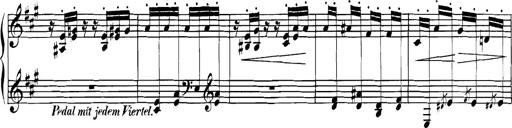
Title: Spinnerlied aus dem Fliegenden HollÃ¤nder
Composer: Franz Liszt